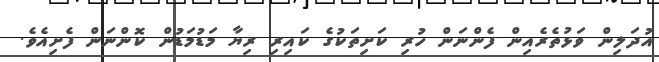
އުދަލިން ވަޅުތެރެއިން ފެންނަން ހުރި ކަށިތަކުގެ ކައިރި ރިޔާ މަޑުމަޑުން ކޮންނަން ފެށިއެވެ.